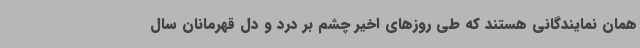
همان نمایندگانی هستند که طی روزهای اخیر چشم بر درد و دل قهرمانان سال